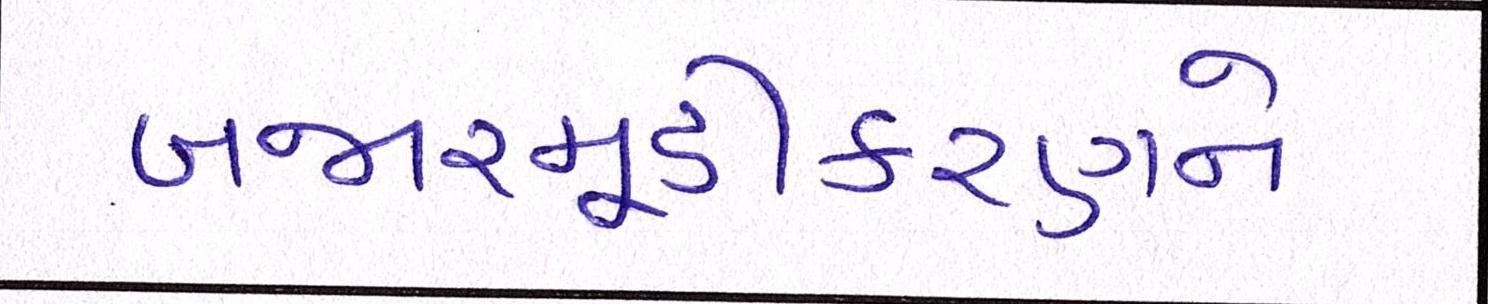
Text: બજારમૂડીકરણને